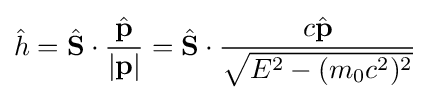
{\hat {h}}={\hat {\mathbf {S} }}\cdot {\frac {\hat {\mathbf {p} }}{|\mathbf {p} |}}={\hat {\mathbf {S} }}\cdot {\frac {c{\hat {\mathbf {p} }}}{\sqrt {E^{2}-(m_{0}c^{2})^{2}}}}